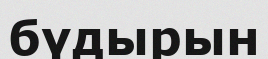
бүдырын